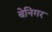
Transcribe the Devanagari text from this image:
बेनिगर